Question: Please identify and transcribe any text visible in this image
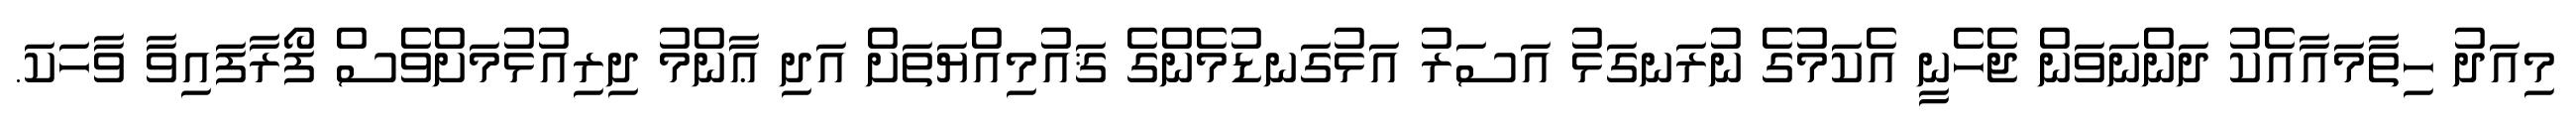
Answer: މިއަދު ހިތާމައާއެކު ދަންނަވަން ޖެހެނީ އެކަމުގެ ނުރަނގަޅު އަސަރު އަޅުގަނޑުމެންގެ ޤައުމިއްޔަތަށް އަދި ޢާންމު ދިރިއުޅުމަށްވެސް ފޯރާފައިވާ ވާހަކަ.